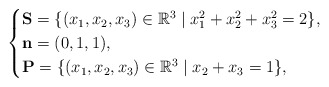
\begin{align*}\begin{cases}\mathbf{S} = \{ (x_1, x_2, x_3) \in \mathbb{R}^3 \mid x_1^2 + x_2^2 + x_3^2 = 2 \},\\\mathbf{n} = (0, 1, 1), \\ \mathbf{P} = \{ (x_1, x_2, x_3) \in \mathbb{R}^3 \mid x_2 + x_3 = 1 \},\end{cases}\end{align*}